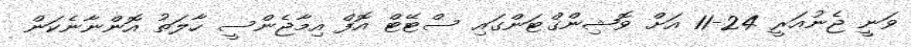
ވަނީ ޖެނުއަރީ 24-11 އަށް ވޮޝިންގްޓަންގައި ސްޓޭޓް އޮފް އިމާޖެންސީ ހާލަތު އޮންނާނެކަން